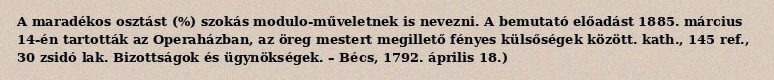
A maradékos osztást (%) szokás modulo-műveletnek is nevezni. A bemutató előadást 1885. március 14-én tartották az Operaházban, az öreg mestert megillető fényes külsőségek között. kath., 145 ref., 30 zsidó lak. Bizottságok és ügynökségek. – Bécs, 1792. április 18.)